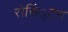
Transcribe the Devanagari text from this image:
रोसिं्टग